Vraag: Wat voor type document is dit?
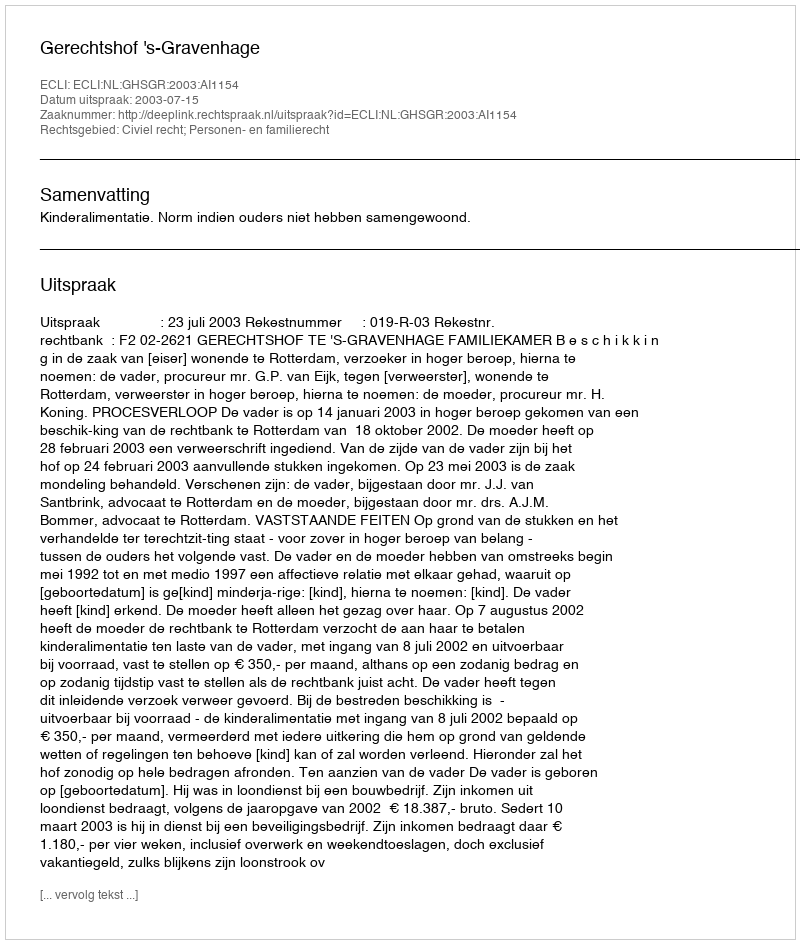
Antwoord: Uitspraak